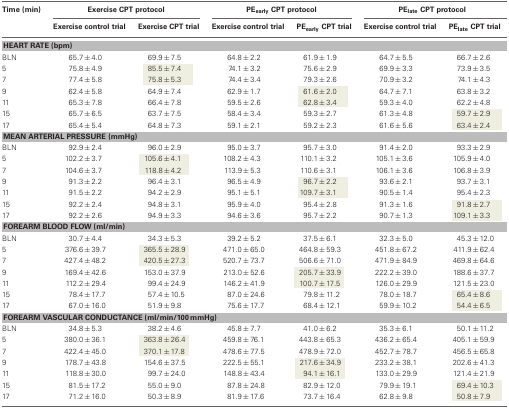
<table><thead><tr><td><b>Time (min)</b></td><td colspan="2"><b>Exercise CPT protocol</b></td><td colspan="2"><b>PE<sub>early</sub> CPT protocol</b></td><td colspan="2"><b>PE<sub>late</sub> CPT protocol</b></td></tr><tr><td></td><td><b>Exercise control trial</b></td><td><b>Exercise CPT trial</b></td><td><b>Exercise control trial</b></td><td><b>PE<sub>early</sub> CPT trial</b></td><td><b>Exercise control trial</b></td><td><b>PE<sub>late</sub> CPT trial</b></td></tr></thead><tbody><tr><td colspan="7"><b>HEART RATE (bpm)</b></td></tr><tr><td>BLN</td><td>65.7 ± 4.0</td><td>69.9 ± 7.5</td><td>64.8 ± 2.2</td><td>61.9 ± 1.9</td><td>64.7 ± 5.5</td><td>66.7 ± 2.6</td></tr><tr><td>5</td><td>75.8 ± 4.9</td><td>85.5 ± 7.4</td><td>74.1 ± 3.2</td><td>75.6 ± 2.9</td><td>69.9 ± 3.3</td><td>73.9 ± 3.5</td></tr><tr><td>7</td><td>77.4 ± 5.8</td><td>75.8 ± 5.3</td><td>74.4 ± 3.4</td><td>79.3 ± 2.6</td><td>70.9 ± 3.2</td><td>74.1 ± 4.3</td></tr><tr><td>9</td><td>62.4 ± 5.8</td><td>64.9 ± 7.4</td><td>62.9 ± 1.7</td><td>61.6 ± 2.0</td><td>64.7 ± 7.1</td><td>63.8 ± 3.2</td></tr><tr><td>11</td><td>65.3 ± 7.8</td><td>66.4 ± 7.8</td><td>59.5 ± 2.6</td><td>62.8 ± 3.4</td><td>59.3 ± 4.0</td><td>62.2 ± 4.8</td></tr><tr><td>15</td><td>65.7 ± 6.5</td><td>63.7 ± 7.5</td><td>58.4 ± 3.4</td><td>59.3 ± 2.7</td><td>61.3 ± 4.8</td><td>59.7 ± 2.9</td></tr><tr><td>17</td><td>65.4 ± 5.4</td><td>64.8 ± 7.3</td><td>59.1 ± 2.1</td><td>59.2 ± 2.3</td><td>61.6 ± 5.6</td><td>63.4 ± 2.4</td></tr><tr><td colspan="7"><b>MEAN ARTERIAL PRESSURE (mmHg)</b></td></tr><tr><td>BLN</td><td>92.9 ± 2.4</td><td>96.0 ± 2.9</td><td>95.0 ± 3.7</td><td>95.7 ± 3.0</td><td>91.4 ± 2.0</td><td>93.3 ± 2.9</td></tr><tr><td>5</td><td>102.2 ± 3.7</td><td>105.6 ± 4.1</td><td>108.2 ± 4.3</td><td>110.1 ± 3.2</td><td>105.1 ± 3.6</td><td>105.9 ± 4.0</td></tr><tr><td>7</td><td>104.6 ± 3.7</td><td>118.8 ± 4.2</td><td>113.9 ± 5.3</td><td>110.6 ± 3.1</td><td>106.1 ± 3.6</td><td>106.8 ± 3.9</td></tr><tr><td>9</td><td>91.3 ± 2.2</td><td>96.4 ± 3.1</td><td>96.5 ± 4.9</td><td>96.7 ± 2.2</td><td>93.6 ± 2.1</td><td>93.7 ± 3.1</td></tr><tr><td>11</td><td>91.5 ± 2.2</td><td>94.2 ± 2.9</td><td>95.1 ± 5.1</td><td>109.7 ± 3.1</td><td>90.5 ± 1.4</td><td>95.4 ± 2.3</td></tr><tr><td>15</td><td>92.2 ± 2.4</td><td>94.8 ± 3.1</td><td>95.9 ± 4.0</td><td>95.4 ± 2.8</td><td>91.3 ± 1.6</td><td>91.8 ± 2.7</td></tr><tr><td>17</td><td>92.2 ± 2.6</td><td>94.9 ± 3.3</td><td>94.6 ± 3.6</td><td>95.7 ± 2.2</td><td>90.7 ± 1.3</td><td>109.1 ± 3.3</td></tr><tr><td colspan="7"><b>FOREARM BLOOD FLOW (ml/min)</b></td></tr><tr><td>BLN</td><td>30.7 ± 4.4</td><td>34.3 ± 5.3</td><td>39.2 ± 5.2</td><td>37.5 ± 6.1</td><td>32.3 ± 5.0</td><td>45.3 ± 12.0</td></tr><tr><td>5</td><td>376.6 ± 39.7</td><td>365.5 ± 28.9</td><td>471.0 ± 65.0</td><td>464.8 ± 59.3</td><td>451.8 ± 67.2</td><td>411.9 ± 62.4</td></tr><tr><td>7</td><td>427.4 ± 48.2</td><td>420.5 ± 27.3</td><td>520.7 ± 73.7</td><td>506.6 ± 71.0</td><td>471.9 ± 84.9</td><td>469.8 ± 64.6</td></tr><tr><td>9</td><td>169.4 ± 42.6</td><td>153.0 ± 37.9</td><td>213.0 ± 52.6</td><td>205.7 ± 33.9</td><td>222.2 ± 39.0</td><td>188.6 ± 37.7</td></tr><tr><td>11</td><td>112.2 ± 29.4</td><td>99.4 ± 24.9</td><td>146.2 ± 41.9</td><td>100.7 ± 17.5</td><td>126.0 ± 29.9</td><td>121.5 ± 23.0</td></tr><tr><td>15</td><td>78.4 ± 17.7</td><td>57.4 ± 10.5</td><td>87.0 ± 24.6</td><td>79.8 ± 11.2</td><td>78.0 ± 18.7</td><td>65.4 ± 8.6</td></tr><tr><td>17</td><td>67.0 ± 16.0</td><td>51.9 ± 9.8</td><td>75.6 ± 17.7</td><td>68.4 ± 12.1</td><td>59.9 ± 10.2</td><td>54.4 ± 6.5</td></tr><tr><td colspan="7"><b>FOREARM VASCULAR CONDUCTANCE (ml/min/100 mmHg)</b></td></tr><tr><td>BLN</td><td>34.8 ± 5.3</td><td>38.2 ± 4.6</td><td>45.8 ± 7.7</td><td>41.0 ± 6.2</td><td>35.3 ± 6.1</td><td>50.1 ± 11.2</td></tr><tr><td>5</td><td>380.0 ± 36.1</td><td>363.8 ± 26.4</td><td>459.8 ± 76.1</td><td>443.8 ± 65.3</td><td>436.2 ± 65.4</td><td>405.1 ± 59.9</td></tr><tr><td>7</td><td>422.4 ± 45.0</td><td>370.1 ± 17.8</td><td>478.6 ± 77.5</td><td>478.9 ± 72.0</td><td>452.7 ± 78.7</td><td>456.5 ± 65.8</td></tr><tr><td>9</td><td>178.7 ± 43.8</td><td>154.6 ± 37.5</td><td>222.5 ± 55.1</td><td>217.6 ± 34.9</td><td>233.2 ± 38.1</td><td>202.6 ± 41.3</td></tr><tr><td>11</td><td>118.8 ± 30.0</td><td>99.7 ± 24.0</td><td>148.8 ± 43.4</td><td>94.1 ± 16.1</td><td>133.0 ± 29.9</td><td>121.4 ± 21.9</td></tr><tr><td>15</td><td>81.5 ± 17.2</td><td>55.0 ± 9.0</td><td>87.8 ± 24.8</td><td>82.9 ± 12.0</td><td>79.9 ± 19.1</td><td>69.4 ± 10.3</td></tr><tr><td>17</td><td>71.2 ± 16.0</td><td>50.3 ± 8.9</td><td>81.9 ± 17.6</td><td>73.7 ± 16.4</td><td>62.8 ± 9.8</td><td>50.8 ± 7.9</td></tr></tbody></table>